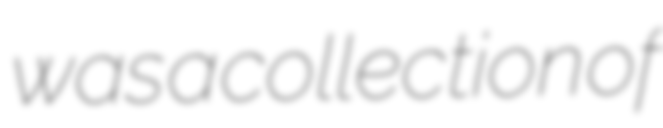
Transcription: was a collection of